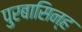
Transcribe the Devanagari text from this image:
पुरबासिन्ह